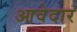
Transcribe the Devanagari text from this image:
आवेदार